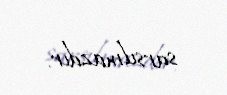
sarsılmazdır.